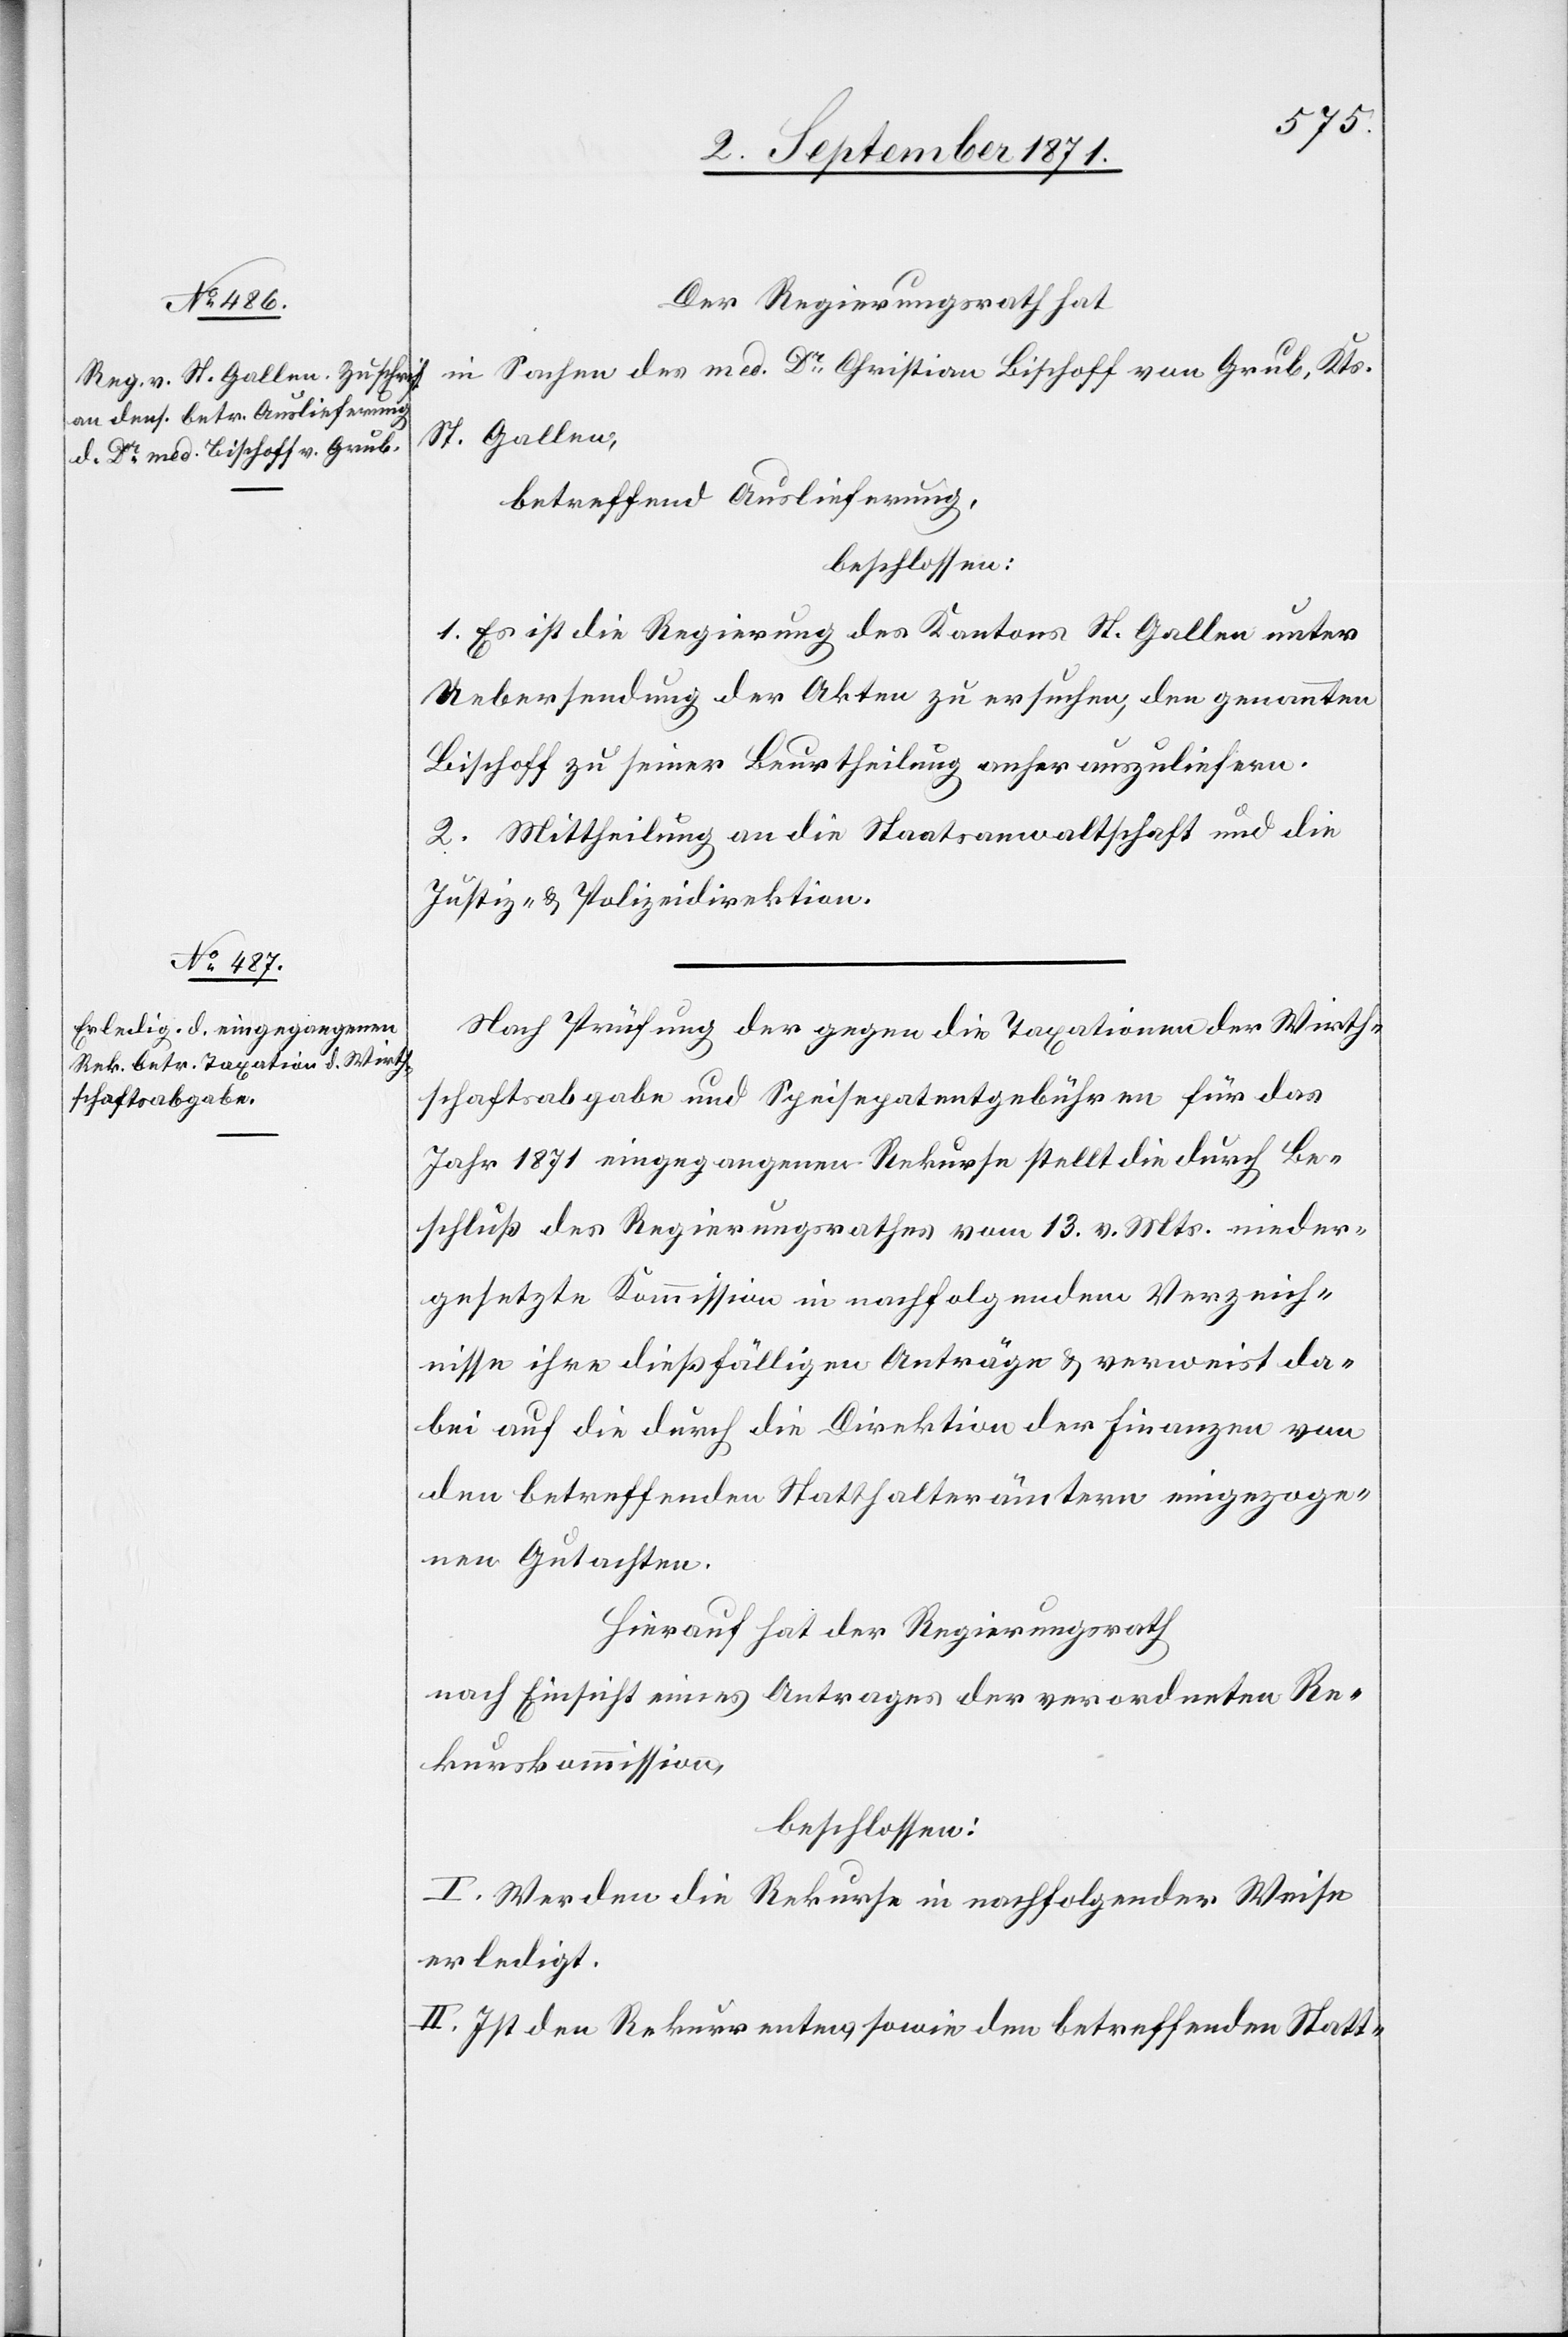
Der Regierungsrath hat
in Sachen des med. Dr Christian Bischoff von Grub, Kts.
St. Gallen;
betreffend Auslieferung,
beschlossen:
1. Es ist die Regierung des Kantons St. Gallen unter
Uebersendung der Akten zu ersuchen, den genannten
Bischoff zu seiner Beurtheilung anher auszuliefern.
2. Mittheilung an die Staatsanwaltschaft und die
Justiz- & Polizeidirektion.
Nach Prüfung der gegen die Taxationen der Wirt¬
schaftsabgabe und Speisepatentgebühren für das
Jahr 1871 eingegangenen Rekurse stellt die durch Be¬
schluß des Regierungsrathes vom 13. v. Mts. nieder¬
gesetzte Kommission in nachfolgendem Verzeich¬
nisse ihre dießfälligen Anträge & verweist da¬
bei auf die durch die Direktion der Finanzen von
den betreffenden Statthalterämtern eingezoge¬
nen Gutachten.
Hierauf hat der Regierungsrath
nach Einsicht eines Antrages der verordneten Re¬
kurskommission
beschlossen:
I. Werden die Rekurse in nachfolgender Weise
erledigt.
II. Ist den Rekurrenten sowie den betreffenden Statt-